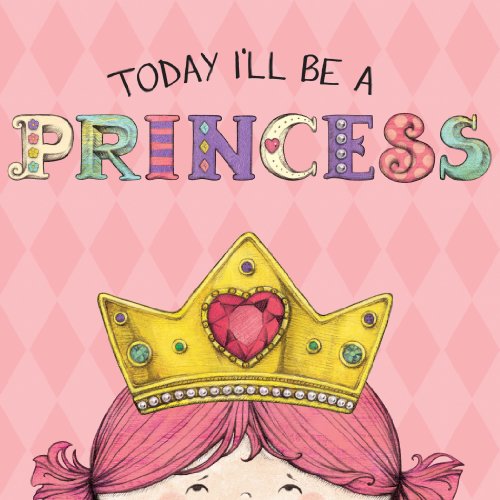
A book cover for Today I'll Be a Princess; Paula Croyle; Children's Books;